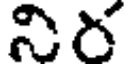
నిర